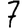
Digit: 7